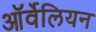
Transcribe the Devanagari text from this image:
ऑर्वेलियन